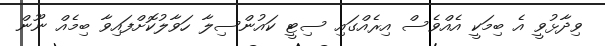
ވިދާޅުވީ އެ ބިމަކީ އެއްވެސް އިރެއްގައި ސިޓީ ކައުންސިލާ ހަވާލުކޮށްފައިވާ ބިމެއް ނޫން